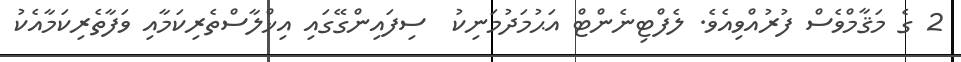
2 ގެ މަޤާމްވެސް ފުރުއްވިއެވެ. ލެފްޓިނެންޓް އަޙުމަދުމަނިކު  ސިފައިންގޭގައި އިޚްލާސްތެރިކަމާއި ވަފާތެރިކަމާއެކު